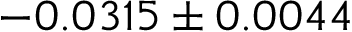
- 0 . 0 3 1 5 \pm 0 . 0 0 4 4